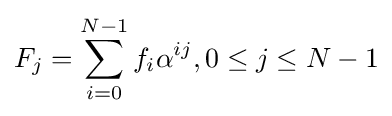
F_{j}=\sum _{i=0}^{N-1}f_{i}\alpha ^{ij},0\leq j\leq N-1